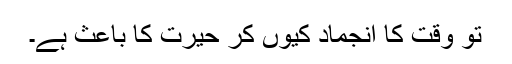
تو وقت کا انجماد کیوں کر حیرت کا باعث ہے۔